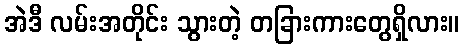
အဲဒီ လမ်းအတိုင်း သွားတဲ့ တခြားကားတွေရှိလား။